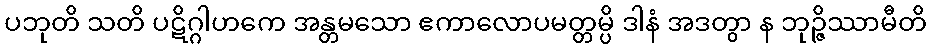
ပဘုတိ သတိ ပဋိဂ္ဂါဟကေ အန္တမသော ဧကာလောပမတ္တမ္ပိ ဒါနံ အဒတွာ န ဘုဉ္ဇိဿာမီတိ